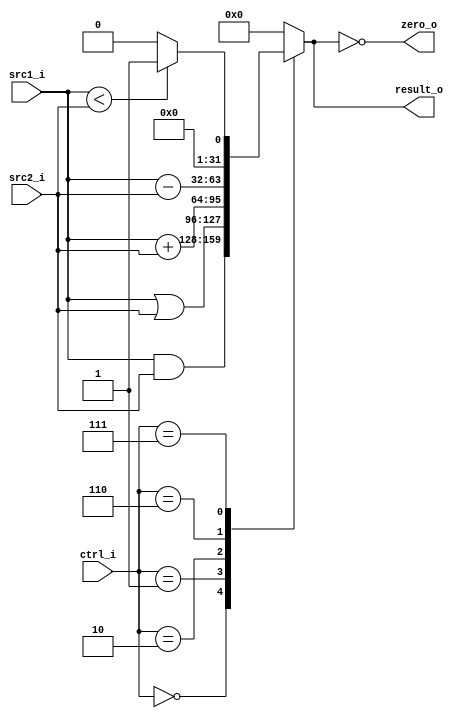
//Subject:     CO project 2 - ALU
//--------------------------------------------------------------------------------
//Version:     1
//--------------------------------------------------------------------------------
//Writer:      109550182
//----------------------------------------------
//----------------------------------------------
//Description: 
//--------------------------------------------------------------------------------
`timescale 1ns/1ps

module ALU (src1_i, src2_i, ctrl_i, result_o, zero_o);
     
//I/O ports
input signed [32-1:0]  src1_i, src2_i;
input  [4-1:0]  ctrl_i;
output reg [32-1:0]	 result_o;
output  zero_o;

wire    zero_o;

//Main function
assign zero_o = (result_o == 0);
always @(ctrl_i, src1_i, src2_i) begin
	case (ctrl_i)
		4'b0000: result_o <= src1_i & src2_i;
		4'b0001: result_o <= src1_i | src2_i;
		4'b0010: result_o <= src1_i + src2_i;
		4'b0110: result_o <= src1_i - src2_i;
		4'b0111: result_o <= src1_i < src2_i ? 1 : 0;
		default: result_o <= 0;
	endcase
end

endmodule